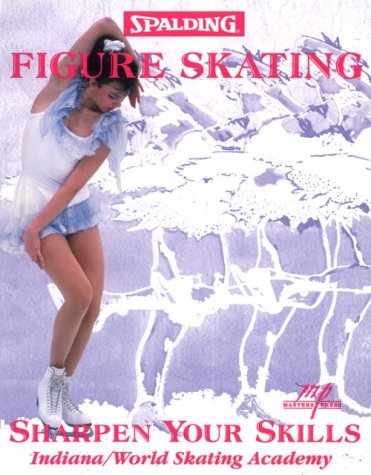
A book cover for Figure Skating; Indiana World Skating Academy; Sports & Outdoors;